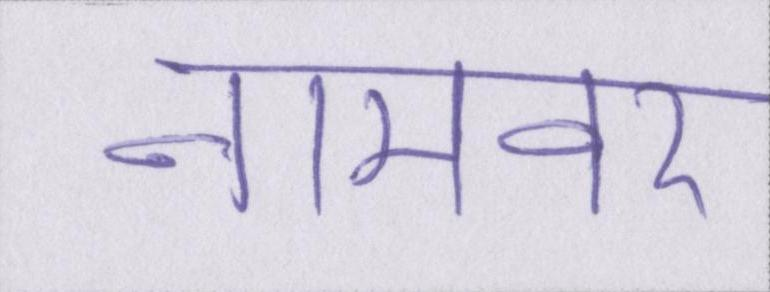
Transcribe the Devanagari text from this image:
नामवर